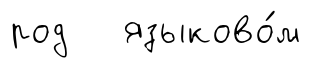
род языково́м